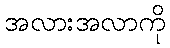
အလားအလာကို